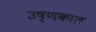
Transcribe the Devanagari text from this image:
उष्णकाल